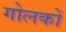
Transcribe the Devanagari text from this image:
गोलकों